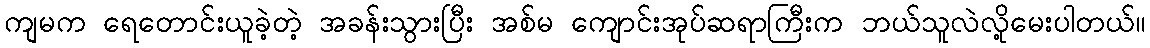
ကျမက ရေတောင်းယူခဲ့တဲ့ အခန်းသွားပြီး အစ်မ ကျောင်းအုပ်ဆရာကြီးက ဘယ်သူလဲလို့မေးပါတယ်။